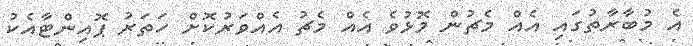
އެ މުބާރާތުގައި އެއް މެޗުން މޮޅުވެ އެއް މެޗު އެއްވަރުކޮށް ހަތަރު ޕޮއިންޓާއެކު